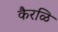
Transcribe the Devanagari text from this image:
कैरळि